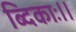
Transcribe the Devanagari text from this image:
ब्दिकाः।।